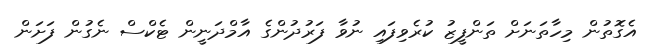
އެގޮތުން މިހާތަނަށް ތަންފީޒު ކުރެވިފައި ނުވާ ފަރުދުންގެ އާމްދަނީން ޓެކްސް ނެގުން ފަށަން